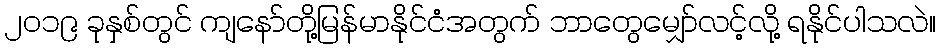
၂၀၁၉ ခုနှစ်တွင် ကျနော်တို့မြန်မာနိုင်ငံအတွက် ဘာတွေမျှော်လင့်လို့ ရနိုင်ပါသလဲ။